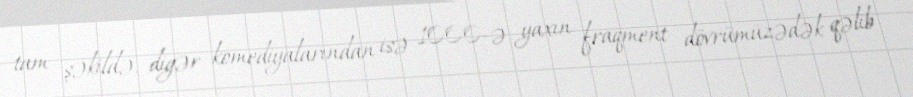
tam şəkildə, digər komediyalarından isə 1000-ə yaxın fraqment dövrümüzədək qəlib